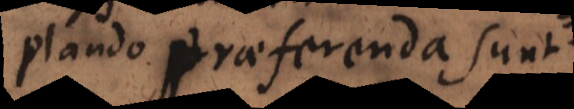
plando praeferenda sunt